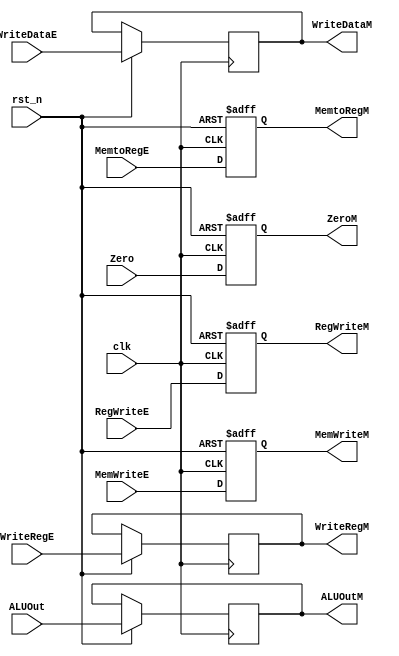
module EX_MEM_Register(
    // System Clock
    input        clk,
    input        rst_n,

    // User Interface
    input       [31:0]  ALUOut,
    input       [31:0]  WriteDataE,
    input       [4:0]   WriteRegE,
    input               Zero,

    output  reg [31:0]  ALUOutM,
    output  reg [31:0]  WriteDataM,
    output  reg [4:0]   WriteRegM,
    output  reg         ZeroM,

    // Control Unit Input
    input               RegWriteE,
    input               MemtoRegE,
    input               MemWriteE,
    // WB Signal
    output  reg         RegWriteM,
    output  reg         MemtoRegM,
    // MEM Signal
    output  reg         MemWriteM
);


    always @(posedge clk or negedge rst_n ) begin
        if(!rst_n)begin
            ZeroM       <= 1'b0;
            RegWriteM   <= 1'b0;
            MemtoRegM   <= 1'b0;
            MemWriteM   <= 1'b0;
        end
        else begin
            // 97 bits
            ALUOutM     <= ALUOut;
            WriteDataM  <= WriteDataE;
            WriteRegM   <= WriteRegE;
            ZeroM       <= Zero;

            // Control Unit Signal
            RegWriteM   <= RegWriteE;
            MemtoRegM   <= MemtoRegE;
            MemWriteM   <= MemWriteE;
        end
    end

endmodule